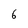
Character: 6